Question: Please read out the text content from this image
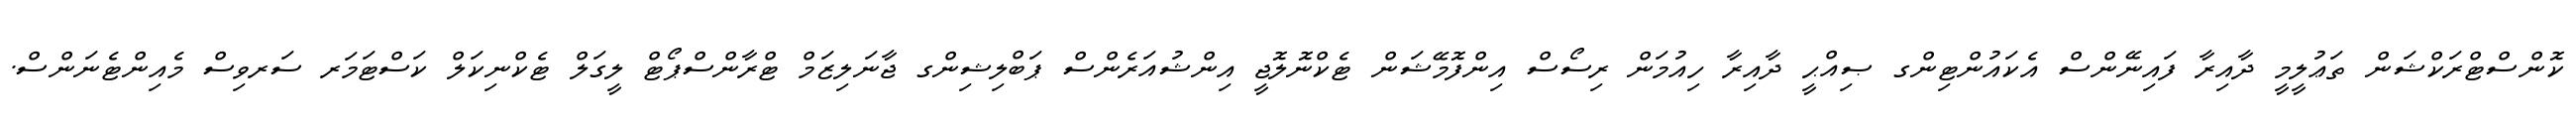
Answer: ކޮންސްޓްރަކްޝަން ތަޢުލީމީ ދާއިރާ ފައިނޭންސް އެކައުންޓިންގ ޞިއްޙީ ދާއިރާ ހިއުމަން ރިސޯސް އިންފޮމޭޝަން ޓެކްނޮލޮޖީ އިންޝުއަރެންސް ޕަބްލިޝިންގ ޖާނަލިޒަމް ޓްރާންސްޕޯޓް ލީގަލް ޓެކްނިކަލް ކަސްޓަމަރ ސަރވިސް މެއިންޓެނަންސް.